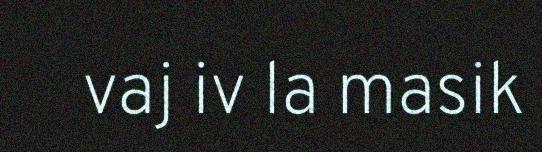
vaj iv la masik